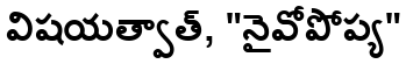
విషయత్వాత్, "నైవోపోప్య"